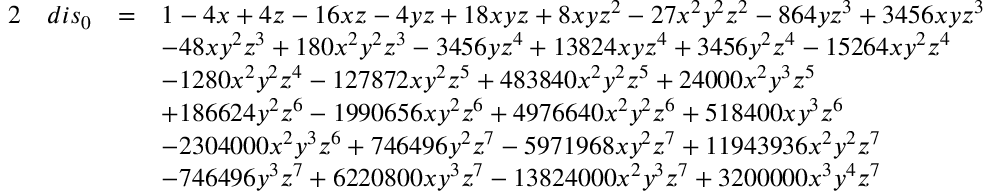
\begin{array} { r l r l } { { 2 } } & { d i s _ { 0 } } & { = } & { 1 - 4 x + 4 z - 1 6 x z - 4 y z + 1 8 x y z + 8 x y z ^ { 2 } - 2 7 x ^ { 2 } y ^ { 2 } z ^ { 2 } - 8 6 4 y z ^ { 3 } + 3 4 5 6 x y z ^ { 3 } } \\ & { } & & { - 4 8 x y ^ { 2 } z ^ { 3 } + 1 8 0 x ^ { 2 } y ^ { 2 } z ^ { 3 } - 3 4 5 6 y z ^ { 4 } + 1 3 8 2 4 x y z ^ { 4 } + 3 4 5 6 y ^ { 2 } z ^ { 4 } - 1 5 2 6 4 x y ^ { 2 } z ^ { 4 } } \\ & { } & & { - 1 2 8 0 x ^ { 2 } y ^ { 2 } z ^ { 4 } - 1 2 7 8 7 2 x y ^ { 2 } z ^ { 5 } + 4 8 3 8 4 0 x ^ { 2 } y ^ { 2 } z ^ { 5 } + 2 4 0 0 0 x ^ { 2 } y ^ { 3 } z ^ { 5 } } \\ & { } & & { + 1 8 6 6 2 4 y ^ { 2 } z ^ { 6 } - 1 9 9 0 6 5 6 x y ^ { 2 } z ^ { 6 } + 4 9 7 6 6 4 0 x ^ { 2 } y ^ { 2 } z ^ { 6 } + 5 1 8 4 0 0 x y ^ { 3 } z ^ { 6 } } \\ & { } & & { - 2 3 0 4 0 0 0 x ^ { 2 } y ^ { 3 } z ^ { 6 } + 7 4 6 4 9 6 y ^ { 2 } z ^ { 7 } - 5 9 7 1 9 6 8 x y ^ { 2 } z ^ { 7 } + 1 1 9 4 3 9 3 6 x ^ { 2 } y ^ { 2 } z ^ { 7 } } \\ & { } & & { - 7 4 6 4 9 6 y ^ { 3 } z ^ { 7 } + 6 2 2 0 8 0 0 x y ^ { 3 } z ^ { 7 } - 1 3 8 2 4 0 0 0 x ^ { 2 } y ^ { 3 } z ^ { 7 } + 3 2 0 0 0 0 0 x ^ { 3 } y ^ { 4 } z ^ { 7 } } \end{array}